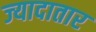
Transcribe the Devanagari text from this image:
ज्‍यादातार